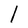
Character: l